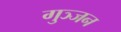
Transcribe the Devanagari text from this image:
गुञ्जन